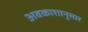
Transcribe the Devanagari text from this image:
अवकाशानुसार